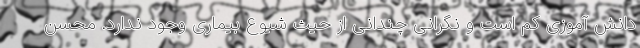
دانش آموزی کم است و نگرانی چندانی از حیث شیوع بیماری وجود ندارد. محسن